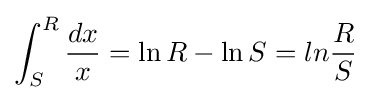
\int _{S}^{R}{\frac {dx}{x}}=\ln R-\ln S=ln{\frac {R}{S}}